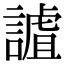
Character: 謯